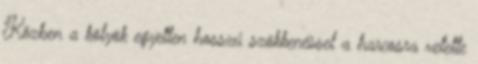
Közben a kölyök egyetlen hosszú szökkenéssel a harcosra vetette